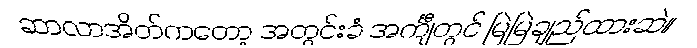
ဆာလာအိတ်ကတော့ အတွင်းခံ အင်္ကျီတွင် မြဲမြဲချည်ထားဆဲ။